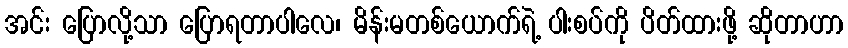
အင်း ပြောလို့သာ ပြောရတာပါလေ၊ မိန်းမတစ်ယောက်ရဲ့ ပါးစပ်ကို ပိတ်ထားဖို့ ဆိုတာဟာ